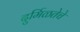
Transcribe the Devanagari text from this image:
दुर्मिळतेचे